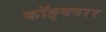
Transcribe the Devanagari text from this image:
कॉङ्क्वरर